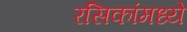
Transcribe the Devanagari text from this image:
रसिकांमध्ये